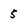
Character: 5